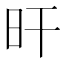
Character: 旰